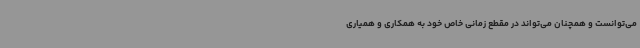
می‌توانست و همچنان می‌تواند در مقطع زمانی خاص خود به همکاری و همیاری